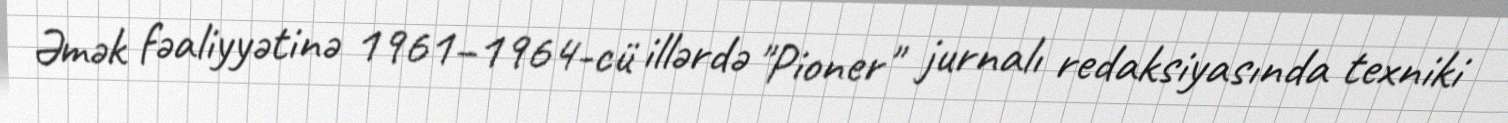
Əmək fəaliyyətinə 1961–1964-cü illərdə "Pioner" jurnalı redaksiyasında texniki